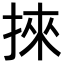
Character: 𢯦